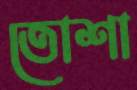
তোশা